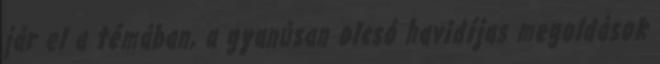
jár el a témában, a gyanúsan olcsó havidíjas megoldások